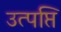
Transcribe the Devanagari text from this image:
उत्पप्ति